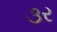
૩ર